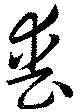
喪